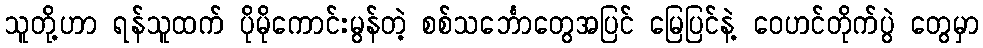
သူတို့ဟာ ရန်သူထက် ပိုမိုကောင်းမွန်တဲ့ စစ်သင်္ဘောတွေအပြင် မြေပြင်နဲ့ ဝေဟင်တိုက်ပွဲ တွေမှာ